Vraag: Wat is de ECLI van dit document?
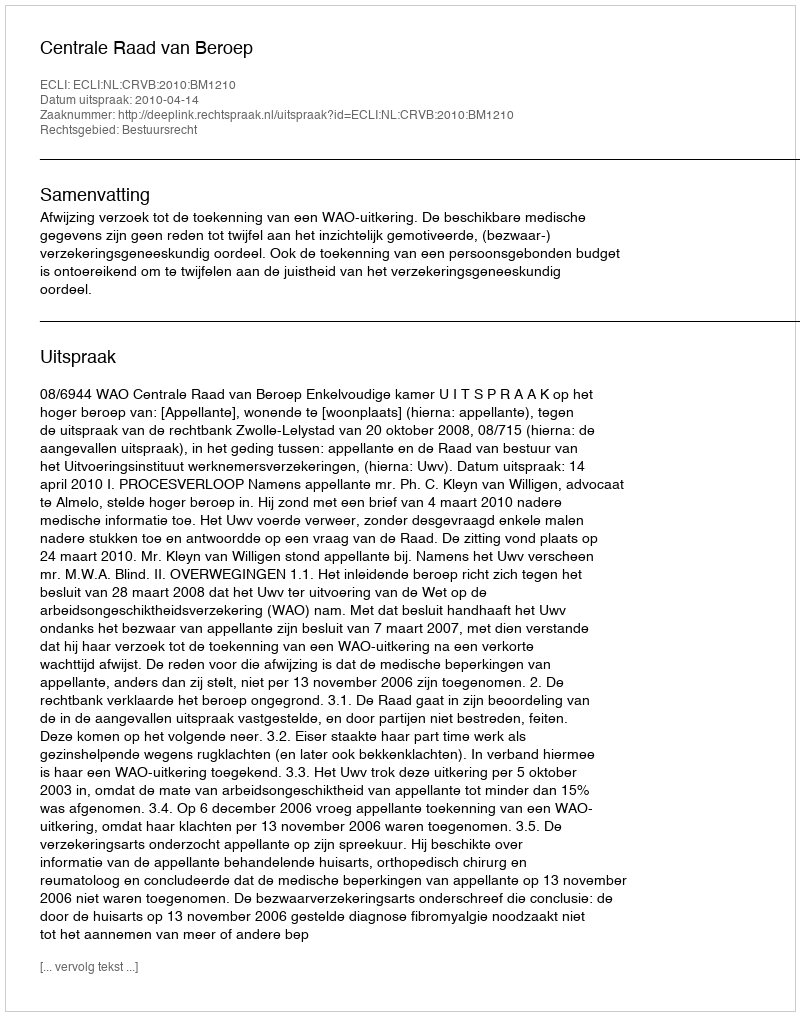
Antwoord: ECLI:NL:CRVB:2010:BM1210